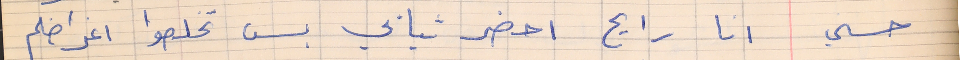
حسني       انا رايح احضر تيابي بس تخلصوا اغراضكم